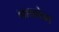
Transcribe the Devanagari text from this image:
भावनेवर